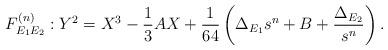
LaTeX: \begin{align*} F^{(n)}_{E_1 E_2} : Y^2 = X^3 -\frac{1}{3}A X + \frac{1}{64}\left(\Delta_{E_1} s^n + B + \frac{\Delta_{E_2}}{s^n}\right). \end{align*}